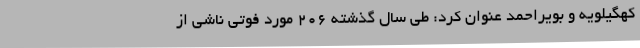
کهگیلویه و بویراحمد عنوان کرد: طی سال گذشته 206 مورد فوتی ناشی از